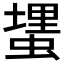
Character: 𰳎